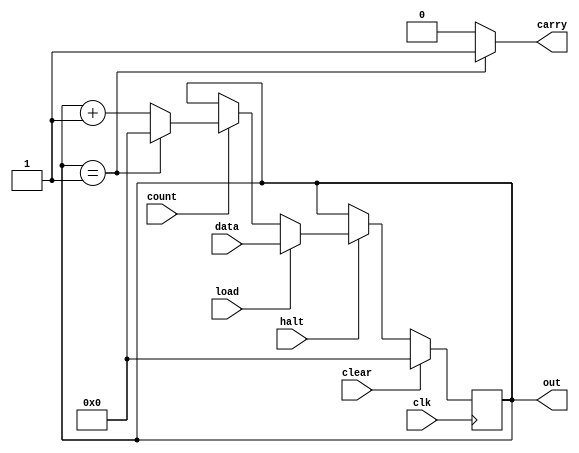
`timescale 1ns / 1ps
 
// 
module counter
#(
	parameter DATA_BITS = 16,
	parameter MAX_VALUE = 1 // countermax_value0
)
(
	input [DATA_BITS-1:0] data,
	input clear, // 1 counter0
	input load,	// 1 datacounter
	input count, // 1 counter
	input clk, //  
	input halt, //1
	output reg [DATA_BITS-1:0] out, // counter
	output reg carry // countermax_value1
);

reg [DATA_BITS-1:0] counter;

initial begin
	counter = 0;
end

always @ (posedge clk) begin
    if(clear)begin
        counter = 0;
      end
	else if(halt) begin
		if (load) begin
			counter = data;
		end
		else if (count) begin
			if (counter == MAX_VALUE) begin
				counter = 0;
			end
			else begin
				counter = counter + 1;
			end
		end
	end
end

always @ (*) begin
	if (counter == MAX_VALUE) begin
		carry = 1;
	end
	else begin
		carry = 0;
	end
	out = counter;
end

endmodule